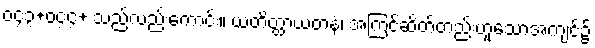
ဝ၄၃+ဝ၄၄+ သည်လည်းကောင်း။ ယံတိတ္ထာယတနံ၊ အကြင်ဆိတ်တည်းဟူသောအကျင့်၌